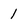
Character: 1